Civil Veterinary Department Bengal reports 1923-33 - 1923-1933
Year: 1923
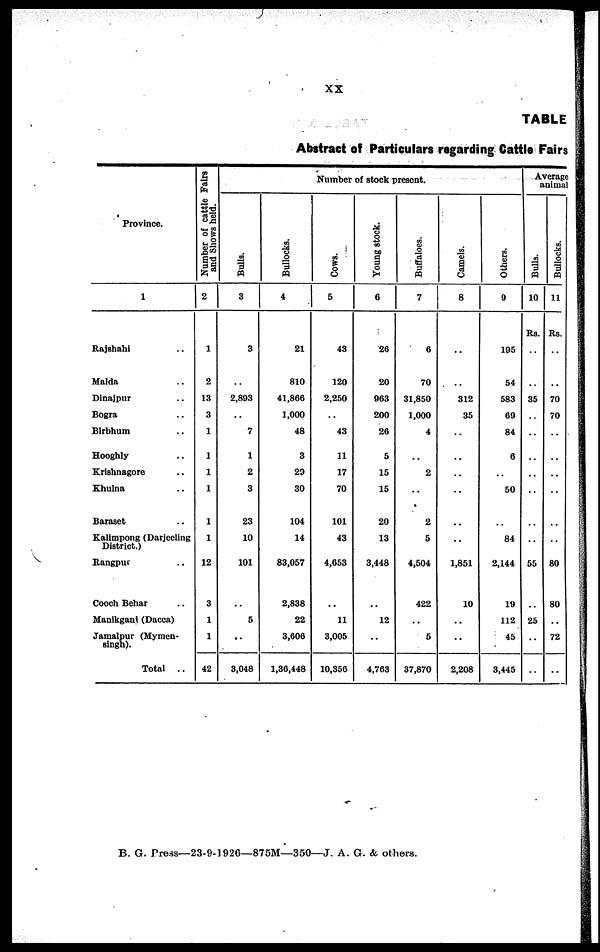
xx
TABLE
Abstract of Particulars regarding Cattle Fairs
Province.
1
Rajshahi ..
Malda ..
Dinajpur ..
Bogra ..
Birbhum ..
Hooghly ..
Krishnagore ..
Khulna ..
Baraset ..
Kalimpong (Darjeeling
District.)
Rangpur ..
Cooch Behar ..
Manikgant (Dacca)
Jamalpur (Mymen-
singh).
Total
..
Number of cattle Fairs
and Shows held.
2
1
2
13
3
1
1
1
1
1
1
12
3
1
1
42
Number of stock present.
Bulls.
3
3
..
2,803
..
7
1
2
3
23
10
101
..
5
..
3,048
Bullocks.
4
21
810
41,866
1,000
48
3
29
30
104
14
83,057
2,838
22
3,606
1,36,448
Cows.
5
43
120
2,250
..
43
11
17
70
101
43
4,653
..
11
3,005
10,356
Young stock.
6
26
20
963
200
26
5
15
15
20
13
3,448
..
12
..
4,763
Buffaloes.
7
6
70
31,850
1,000
4
..
2
..
2
5
4,504
422
..
5
37,870
Camels.
8
..
..
312
35
..
..
..
..
..
1,851
10
..
..
2,208
Others.
9
195
54
583
69
84
6
..
50
..
84
2,144
19
112
45
3,445
Average
animal
Bulls.
10
Rs.
..
..
35
..
..
..
..
..
..
55
..
25
..
..
Bullocks.
11
Rs.
..
..
70
70
..
..
..
..
..
80
80
..
72
..
B. G. Press—23-9-1926—875M—350—J. A. G. & others.